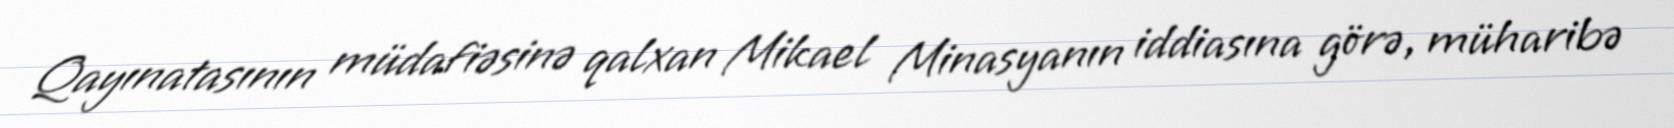
Qayınatasının müdafiəsinə qalxan Mikael Minasyanın iddiasına görə, müharibə